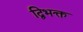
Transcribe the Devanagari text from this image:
द्विभक्त